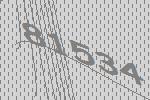
81534